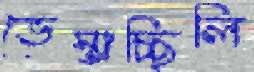
ভেস্তাচ্ছিলি